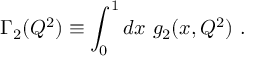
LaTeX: \Gamma _ { 2 } ( Q ^ { 2 } ) \equiv \int _ { 0 } ^ { 1 } d x ~ g _ { 2 } ( x , Q ^ { 2 } ) ~ .